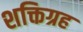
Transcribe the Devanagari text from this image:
शक्तिग्रह